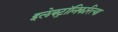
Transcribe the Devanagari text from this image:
इलेक्ट्रॉनिकरित्या